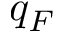
q _ { F }